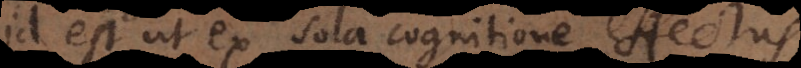
id est ut ex sola cognitione effectus